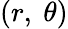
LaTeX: (r,\ \theta)